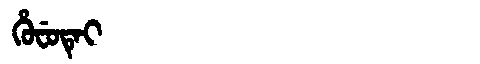
Manchu: ᡥᡠᠸᡠᡨᡝᡳ
Romanization: HUFUTEI